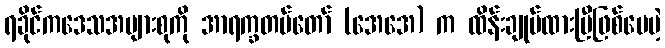
ရခိုင်ကဒေသအများစုကို အာရက္ခတပ်တော် (အေအေ) က ထိန်းချုပ်ထားပြီဖြစ်ပေမဲ့